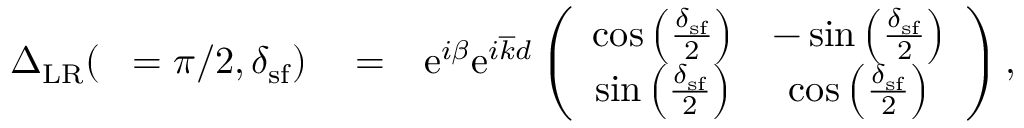
\begin{array} { r l r } { { \Delta } _ { \mathrm { L R } } ( { \it \Delta \phi } = \pi / 2 , \delta _ { \mathrm { s f } } ) } & { { } = } & { \mathrm { e } ^ { i \beta } \mathrm { e } ^ { i \overline { { k } } d } \left( \begin{array} { c c } { \cos \left( \frac { \delta _ { \mathrm { s f } } } { 2 } \right) } & { - \sin \left( \frac { \delta _ { \mathrm { s f } } } { 2 } \right) } \\ { \sin \left( \frac { \delta _ { \mathrm { s f } } } { 2 } \right) } & { \cos \left( \frac { \delta _ { \mathrm { s f } } } { 2 } \right) } \end{array} \right) , } \end{array}